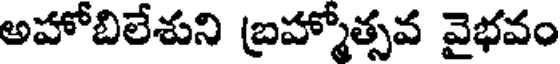
అహోబిలేశుని బ్రహ్మోత్సవ వైభవం